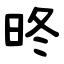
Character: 昸